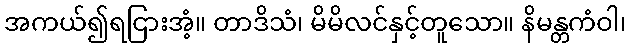
အကယ်၍ရငြားအံ့။ တာဒိသံ၊ မိမိလင်နှင့်တူသော။ နိမန္တကံဝါ၊